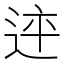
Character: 𨒳